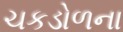
ચકડોળના